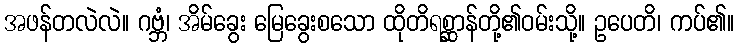
အဖန်တလဲလဲ။ ဂဗ္ဘံ၊ အိမ်ခွေး မြေခွေးစသော ထိုတိရစ္ဆာန်တို့၏ဝမ်းသို့။ ဥပေတိ၊ ကပ်၏။